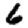
Digit: 6